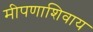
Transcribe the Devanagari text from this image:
मीपणाशिवाय